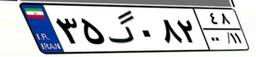
۳۵گ۰۸۲۴۸